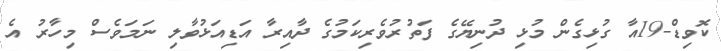
ކޮވިޑް-19އާ ގުޅިގެން މުޅި ދުނިޔޭގެ ފަތުރުވެރިކަމުގެ ދާއިރާ އަޑިއަޅުވާލި ނަމަވެސް މިހާރު އެ